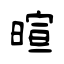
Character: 暄